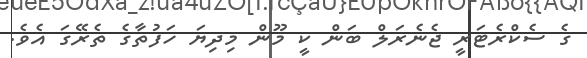
ގެ ސެކްރެޓަރީ ޖެނެރަލް ބަން ކީ މޫން މިދިޔަ ހަފުތާގެ ތެރޭގަ އެވެ.